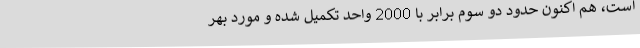
است، هم اکنون حدود دو سوم برابر با 2000 واحد تکمیل شده و مورد بهر